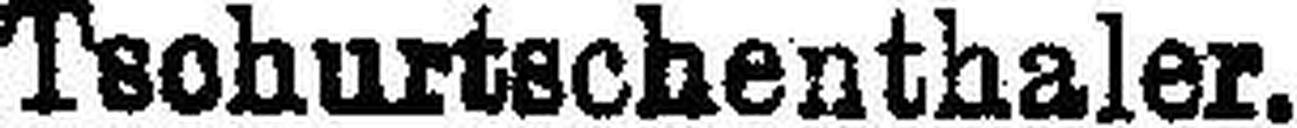
Tschurtschenthaler.